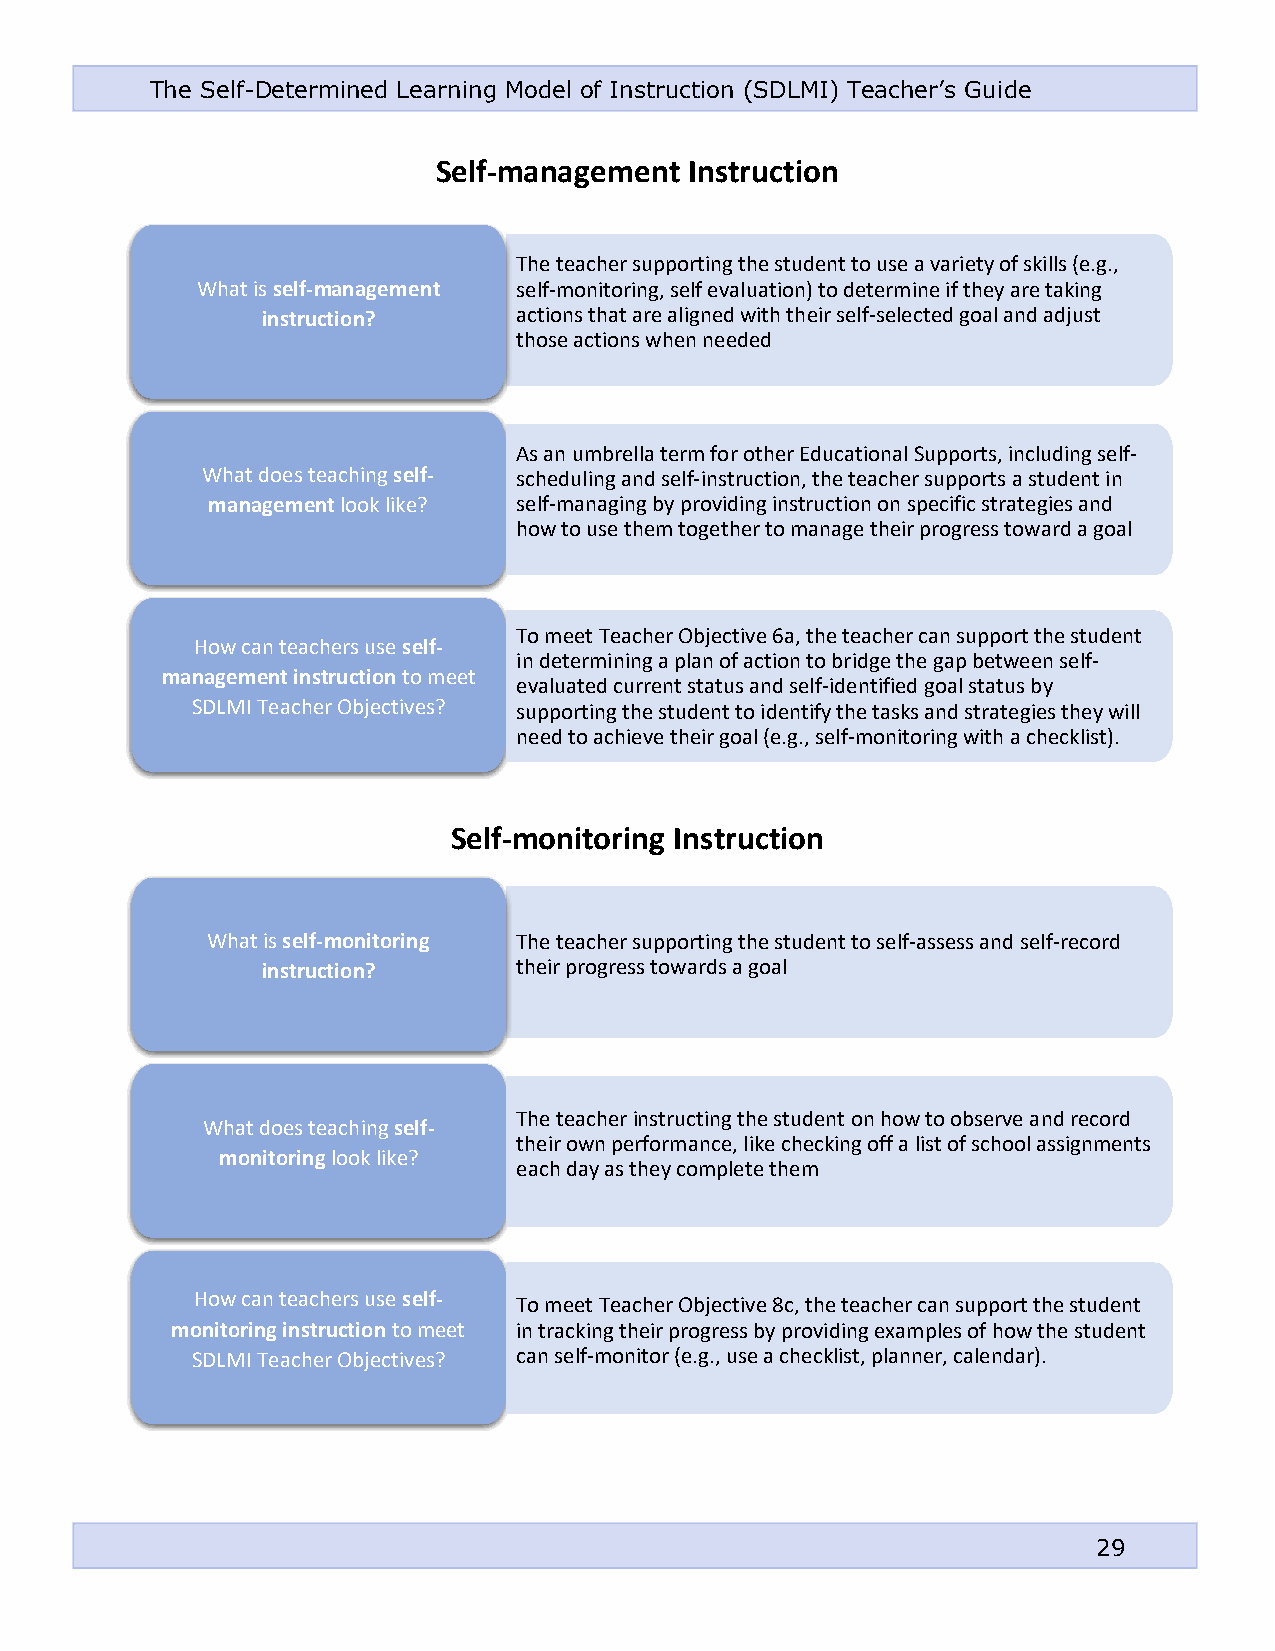
The Self-Determined Learning Model of Instruction (SDLMI) Teacher’s Guide
 Self-management  Instruction
 The teacher supporting the student to use a variety of skills (e.g.,
 What is self-management self-monitoring, self evaluation) to determine if they are taking
 instruction?     actions that are aligned with their self-selected goal and adjust
 those actions when needed
 As an umbrella term for other Educational Supports, including self-
 What does teaching self- scheduling and self-instruction, the teacher supports a student in
 management look like? self-managing by providing instruction on specific strategies and
 how to use them together to manage their progress toward a goal
 To meet Teacher Objective 6a, the teacher can support the student
 How can teachers use self-
 in determining a plan of action to bridge the gap between self-
 management instruction to meet
 evaluated current status and self-identified goal status by
 SDLMI Teacher Objectives? supporting the student to identify the tasks and strategies they will
 need to achieve their goal (e.g., self-monitoring with a checklist).
 Self-monitoring Instruction
 What is self-monitoring The teacher supporting the student to self-assess and self-record
 instruction?     their progress towards a goal
 The teacher instructing the student on how to observe and record
 What does teaching self-
 their own performance, like checking off a list of school assignments
 monitoring look like?
 each day as they complete them
 How can teachers use self- To meet Teacher Objective 8c, the teacher can support the student
 monitoring instruction to meet in tracking their progress by providing examples of how the student
 SDLMI Teacher Objectives? can self-monitor (e.g., use a checklist, planner, calendar).
 29